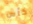
كأس